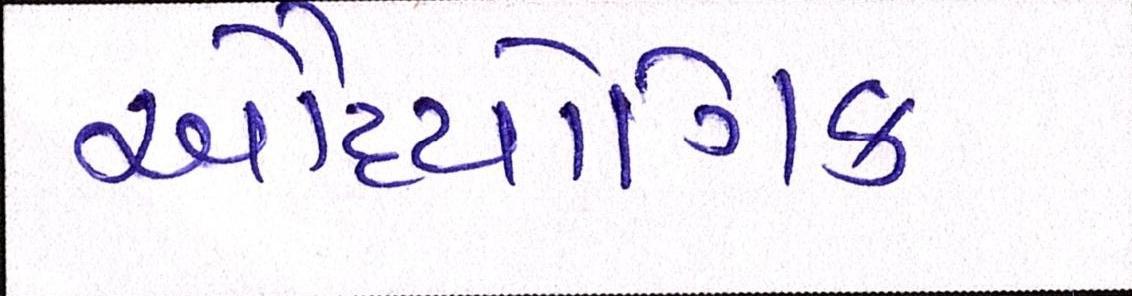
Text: ઔદ્યોગિક